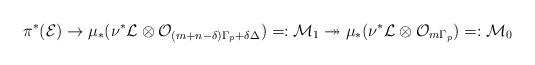
LaTeX: \begin{align*}\pi^*(\mathcal{E}) \rightarrow \mu_*(\nu^* \mathcal{L}\otimes \mathcal{O}_{(m+n-\delta)\Gamma_p+\delta\Delta})=:\mathcal{M}_1 \twoheadrightarrow \mu_*(\nu^* \mathcal{L}\otimes \mathcal{O}_{m\Gamma_p})=:\mathcal{M}_0\end{align*}